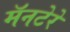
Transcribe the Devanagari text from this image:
मॅनटेरे